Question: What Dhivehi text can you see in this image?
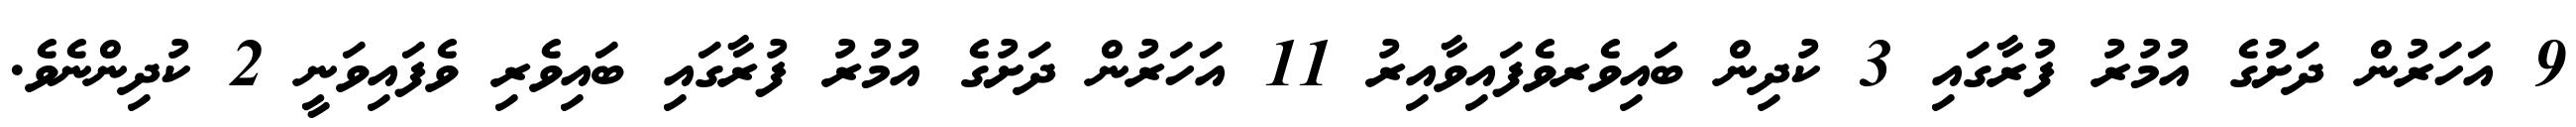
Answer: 9 އަހަރުން ދަށުގެ އުމުރު ފުރާގައި 3 ކުދިން ބައިވެރވެފައިވާއިރު 11 އަހަރުން ދަށުގެ އުމުރު ފުރާގައި ބައިވެރި ވެފައިވަނީ 2 ކުދިންނެވެ.